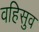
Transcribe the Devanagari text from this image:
वहिसुव